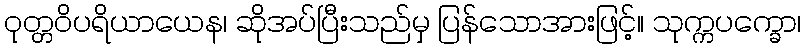
ဝုတ္တဝိပရိယာယေန၊ ဆိုအပ်ပြီးသည်မှ ပြန်သောအားဖြင့်။ သုက္ကပက္ခော၊